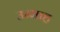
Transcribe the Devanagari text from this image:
उम्माह